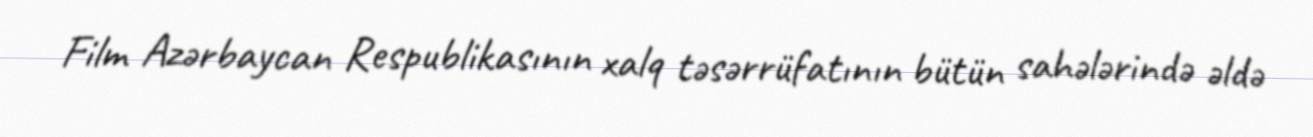
Film Azərbaycan Respublikasının xalq təsərrüfatının bütün sahələrində əldə